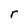
Character: r